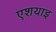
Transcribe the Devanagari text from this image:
एशयाइ